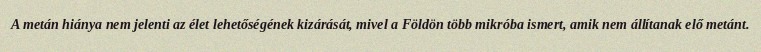
A metán hiánya nem jelenti az élet lehetőségének kizárását, mivel a Földön több mikróba ismert, amik nem állítanak elő metánt.